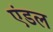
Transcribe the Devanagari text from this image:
एंडल